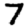
Digit: 7